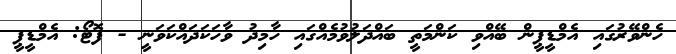
ހެންވޭރުގައި އެމްޑީޕީން ބޭއްވި ކަންމަތީ ބައްދަލުވުމެއްގައި ހާމިދު ވާހަކަދައްކަވަނީ - ފޮޓޯ: އެމްޑީޕީ